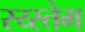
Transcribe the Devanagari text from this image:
स्य्स्तेम